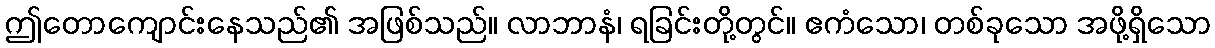
ဤတောကျောင်းနေသည်၏ အဖြစ်သည်။ လာဘာနံ၊ ရခြင်းတို့တွင်။ ဧကံသော၊ တစ်ခုသော အဖို့ရှိသော